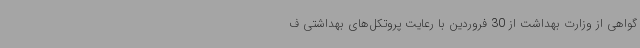
گواهی از وزارت بهداشت از 30 فروردین با رعایت پروتکل‌های بهداشتی ف